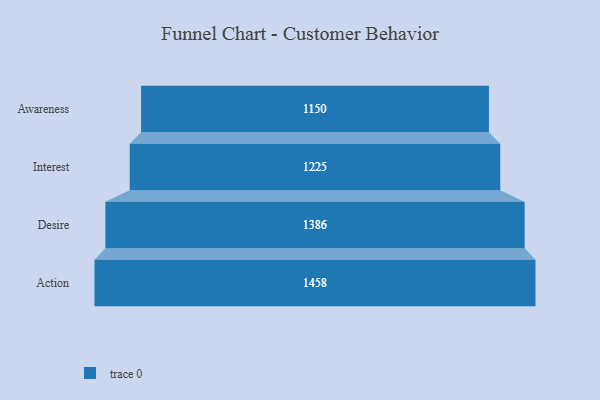
{"axis": {"x": "Stage", "y": "Value"}, "legend": [""], "data": [{"x": "Awareness", "y": 1150.0, "type": ""}, {"x": "Interest", "y": 1225.0, "type": ""}, {"x": "Desire", "y": 1386.0, "type": ""}, {"x": "Action", "y": 1458.0, "type": ""}]}